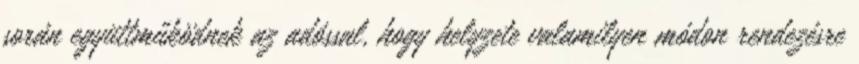
során együttműködnek az adóssal, hogy helyzete valamilyen módon rendezésre